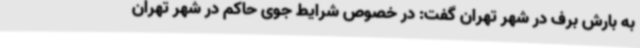
به بارش برف در شهر تهران گفت: در خصوص شرایط جوی حاکم در شهر تهران